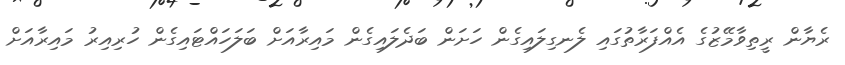
ރެޔާން ރީތިވާމޭޒުގެ އެއްފަރާތުގައި ލެނގިލައިގެން ހަށަން ބަދެލައިގެން މައިރާއަށް ބަލަހައްޓައިގެން ހުރިއިރު މައިރާއަށް